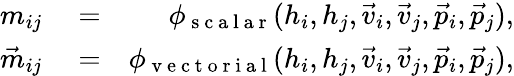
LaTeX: \begin{array}{rlr}{m_{ij}}&{{}=}&{\phi_{\mathrm{~s~c~a~l~a~r~}}(h_{i},h_{j},\vec{v}_{i},\vec{v}_{j},\vec{p}_{i},\vec{p}_{j}),}\\ {\vec{m}_{ij}}&{{}=}&{\phi_{\mathrm{~v~e~c~t~o~r~i~a~l~}}(h_{i},h_{j},\vec{v}_{i},\vec{v}_{j},\vec{p}_{i},\vec{p}_{j}),}\end{array}